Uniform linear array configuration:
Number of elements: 64
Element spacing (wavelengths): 0.75
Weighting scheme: uniform
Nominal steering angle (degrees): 0
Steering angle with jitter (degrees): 1.81
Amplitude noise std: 0.05
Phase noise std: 0.05

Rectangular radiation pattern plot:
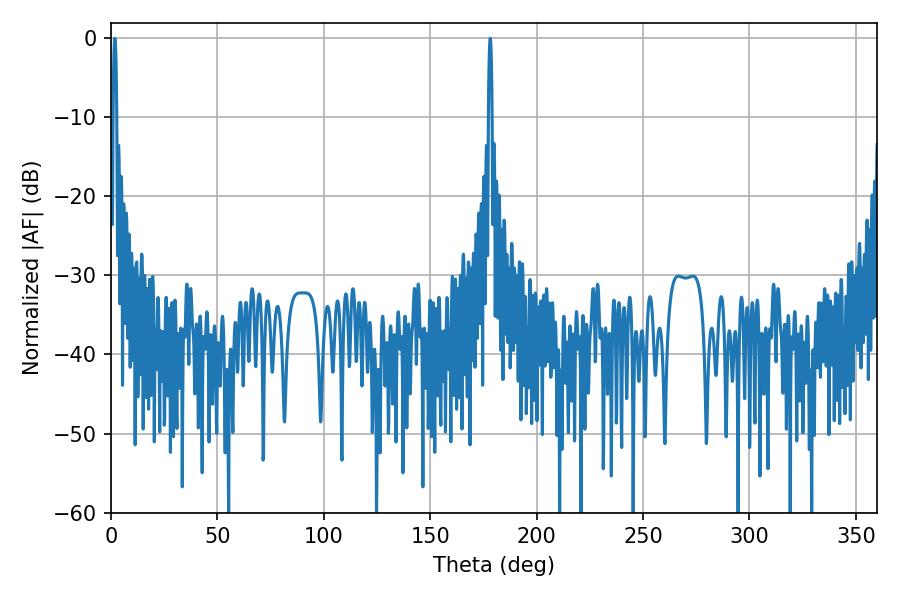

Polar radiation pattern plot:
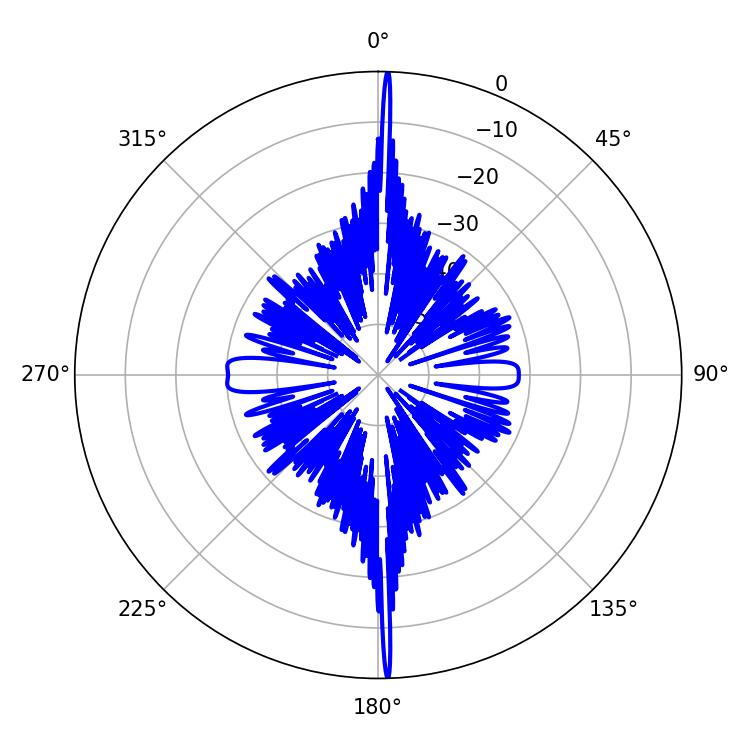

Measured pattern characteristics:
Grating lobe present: TRUE
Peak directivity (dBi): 32.151
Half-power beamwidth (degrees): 0.9
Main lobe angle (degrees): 1.8